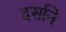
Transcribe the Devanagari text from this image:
दर्साने